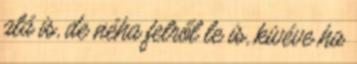
alá is, de néha felről le is, kivéve ha